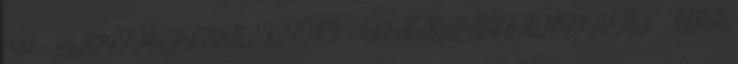
920,- 43 GEMETER JENŐ – FARKAS ANDRÁS – DR.